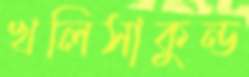
খলিসাকুন্ড